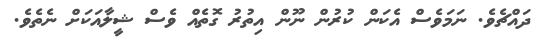
ދައްޗެވެ. ނަމަވެސް އެކަން ކުރުން ނޫން އިތުރު ގޮތެއް ވެސް ޝީލާއަކަށް ނެތެވެ.